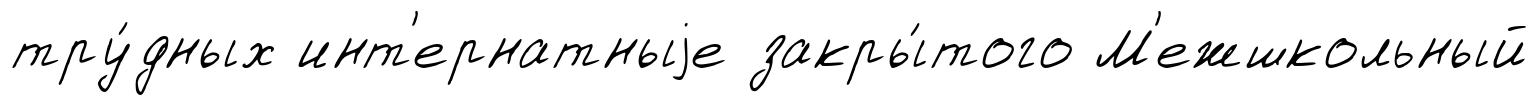
тру́дных инт'ернатныjе закры́того М'ежшкольный